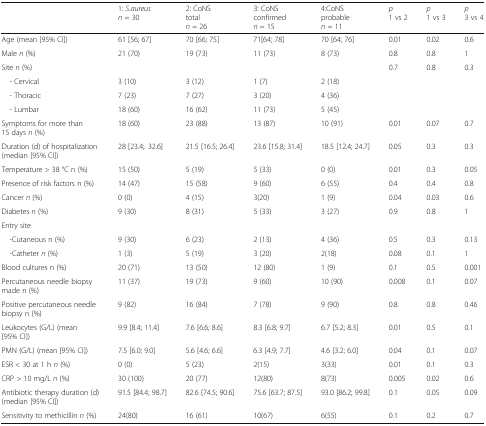
<table><thead><tr><td></td><td><b>1: <i>S.aureus</i><i>n</i> = 30</b></td><td><b>2: CoNStotal<i>n</i> = 26</b></td><td><b>3: CoNSconfirmed<i>n</i> = 15</b></td><td><b>4:CoNSprobable<i>n</i> = 11</b></td><td><b><i>p</i>1 vs 2</b></td><td><b><i>p</i>1 vs 3</b></td><td><b><i>p</i>3 vs 4</b></td></tr></thead><tbody><tr><td>Age (mean [95% CI])</td><td>61 [56; 67]</td><td>70 [66; 75]</td><td>71[64; 78]</td><td>70 [64; 76]</td><td>0.01</td><td>0.02</td><td>0.6</td></tr><tr><td>Male <i>n</i> (%)</td><td>21 (70)</td><td>19 (73)</td><td>11 (73)</td><td>8 (73)</td><td>0.8</td><td>0.8</td><td>1</td></tr><tr><td>Site <i>n</i> (%)</td><td></td><td></td><td></td><td></td><td>0.7</td><td>0.8</td><td>0.3</td></tr><tr><td> - Cervical</td><td>3 (10)</td><td>3 (12)</td><td>1 (7)</td><td>2 (18)</td><td></td><td></td><td rowspan="3"></td></tr><tr><td> - Thoracic</td><td>7 (23)</td><td>7 (27)</td><td>3 (20)</td><td>4 (36)</td><td></td><td></td></tr><tr><td> - Lumbar</td><td>18 (60)</td><td>16 (62)</td><td>11 (73)</td><td>5 (45)</td><td></td><td></td></tr><tr><td>Symptoms for more than 15 days <i>n</i> (%)</td><td>18 (60)</td><td>23 (88)</td><td>13 (87)</td><td>10 (91)</td><td>0.01</td><td>0.07</td><td>0.7</td></tr><tr><td>Duration (d) of hospitalization (median [95% CI])</td><td>28 [23.4;. 32.6]</td><td>21.5 [16.5; 26.4]</td><td>23.6 [15.8; 31.4]</td><td>18.5 [12.4; 24.7]</td><td>0.05</td><td>0.3</td><td>0.3</td></tr><tr><td>Temperature &gt; 38 °C n (%)</td><td>15 (50)</td><td>5 (19)</td><td>5 (33)</td><td>0 (0)</td><td>0.01</td><td>0.3</td><td>0.05</td></tr><tr><td>Presence of risk factors n (%)</td><td>14 (47)</td><td>15 (58)</td><td>9 (60)</td><td>6 (55)</td><td>0.4</td><td>0.4</td><td>0.8</td></tr><tr><td>Cancer <i>n</i> (%)</td><td>0 (0)</td><td>4 (15)</td><td>3(20)</td><td>1 (9)</td><td>0.04</td><td>0.03</td><td>0.6</td></tr><tr><td>Diabetes <i>n</i> (%)</td><td>9 (30)</td><td>8 (31)</td><td>5 (33)</td><td>3 (27)</td><td>0.9</td><td>0.8</td><td>1</td></tr><tr><td colspan="8">Entry site</td></tr><tr><td> -Cutaneous n (%)</td><td>9 (30)</td><td>6 (23)</td><td>2 (13)</td><td>4 (36)</td><td>0.5</td><td>0.3</td><td>0.13</td></tr><tr><td> -Catheter <i>n</i> (%)</td><td>1 (3)</td><td>5 (19)</td><td>3 (20)</td><td>2(18)</td><td>0.08</td><td>0.1</td><td>1</td></tr><tr><td>Blood cultures n (%)</td><td>20 (71)</td><td>13 (50)</td><td>12 (80)</td><td>1 (9)</td><td>0.1</td><td>0.5</td><td>0.001</td></tr><tr><td>Percutaneous needle biopsy made n (%)</td><td>11 (37)</td><td>19 (73)</td><td>9 (60)</td><td>10 (90)</td><td>0.008</td><td>0.1</td><td>0.07</td></tr><tr><td>Positive percutaneous needle biopsy n (%)</td><td>9 (82)</td><td>16 (84)</td><td>7 (78)</td><td>9 (90)</td><td>0.8</td><td>0.8</td><td>0.46</td></tr><tr><td>Leukocytes (G/L) (mean [95% CI])</td><td>9.9 [8.4; 11.4]</td><td>7.6 [6.6; 8.6]</td><td>8.3 [6.8; 9.7]</td><td>6.7 [5.2; 8.3]</td><td>0.01</td><td>0.5</td><td>0.1</td></tr><tr><td>PMN (G/L) (mean [95% CI])</td><td>7.5 [6.0; 9.0]</td><td>5.6 [4.6; 6.6]</td><td>6.3 [4.9; 7.7]</td><td>4.6 [3.2; 6.0]</td><td>0.04</td><td>0.1</td><td>0.07</td></tr><tr><td>ESR &lt; 30 at 1 h <i>n</i> (%)</td><td>0 (0)</td><td>5 (23)</td><td>2(15)</td><td>3(33)</td><td>0.01</td><td>0.1</td><td>0.3</td></tr><tr><td>CRP &gt; 10 mg/L <i>n</i> (%)</td><td>30 (100)</td><td>20 (77)</td><td>12(80)</td><td>8(73)</td><td>0.005</td><td>0.02</td><td>0.6</td></tr><tr><td>Antibiotic therapy duration (d) (median [95% CI])</td><td>91.5 [84.4; 98.7]</td><td>82.6 [74.5; 90.6]</td><td>75.6 [63.7; 87.5]</td><td>93.0 [86.2; 99.8]</td><td>0.1</td><td>0.05</td><td>0.09</td></tr><tr><td>Sensitivity to methicillin <i>n</i> (%)</td><td>24(80)</td><td>16 (61)</td><td>10(67)</td><td>6(55)</td><td>0.1</td><td>0.2</td><td>0.7</td></tr></tbody></table>